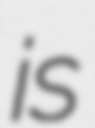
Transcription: is